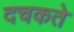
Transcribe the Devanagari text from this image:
दचकते